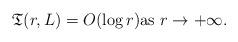
LaTeX: \begin{align*}\mathfrak{T}(r, L ) = O( \log r ) \hbox{as $r \to + \infty $.} \end{align*}